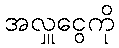
အလှူငွေကို